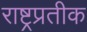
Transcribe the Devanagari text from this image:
राष्ट्रप्रतीक